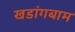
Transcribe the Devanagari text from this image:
खडांगबाम